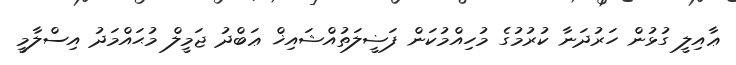
ޢާއިލީ ގުޅުން ހަރުދަނާ ކުރުމުގެ މުހިއްމުކަން ފަޟީލަތުއްޝައިޚް ޢަބްދު ޖަމީލް މުޙައްމަދު އިސްލާމީ